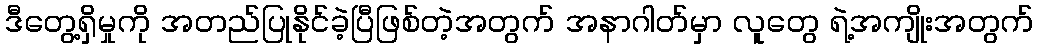
ဒီတွေ့ရှိမှုကို အတည်ပြုနိုင်ခဲ့ပြီဖြစ်တဲ့အတွက် အနာဂါတ်မှာ လူတွေ ရဲ့အကျိုးအတွက်